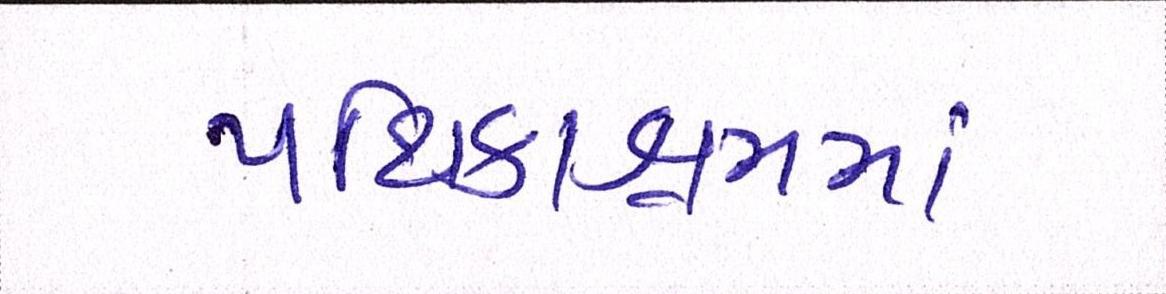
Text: પથિકાશ્રમમાં